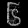
Digit: ၆